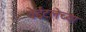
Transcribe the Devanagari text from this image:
वेईटलेच्या